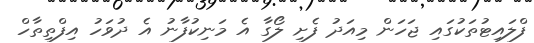
ފްލައިޓުތަކުގައި ޖަހަން މިއަދު ފެށި ލޯގާ އެ މަނިކުފާނު އެ ދުވަހު އިފްތިތާހް